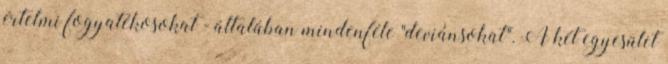
értelmi fogyatékosokat - általában mindenféle "deviánsokat". A két egyesület